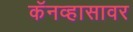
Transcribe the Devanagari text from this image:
कॅनव्हासावर